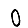
Digit: 0